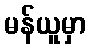
မန်ယူမှာ